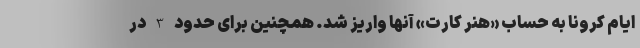
ایام کرونا به حساب «هنر کارت» آنها واریز شد. همچنین برای حدود 3 در